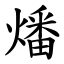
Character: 燔